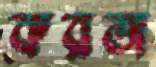
করজ